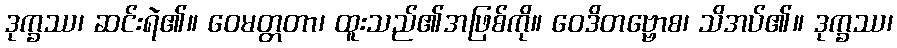
ဒုက္ခဿ၊ ဆင်းရဲ၏။ ဝေမတ္တတာ၊ ထူးသည်၏အဖြစ်ကို။ ဝေဒိတဗ္ဗောစ၊ သိအပ်၏။ ဒုက္ခဿ၊